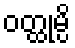
ဝတ္ထုမ္ပိ